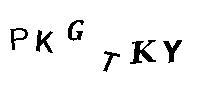
PKGTKY